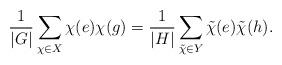
LaTeX: \begin{align*}\frac{1}{|G|}\sum_{\chi \in X}{\chi(e)\chi(g)}=\frac{1}{|H|}\sum_{\tilde{\chi}\in Y}{\tilde{\chi}(e)\tilde{\chi}(h)}.\end{align*}